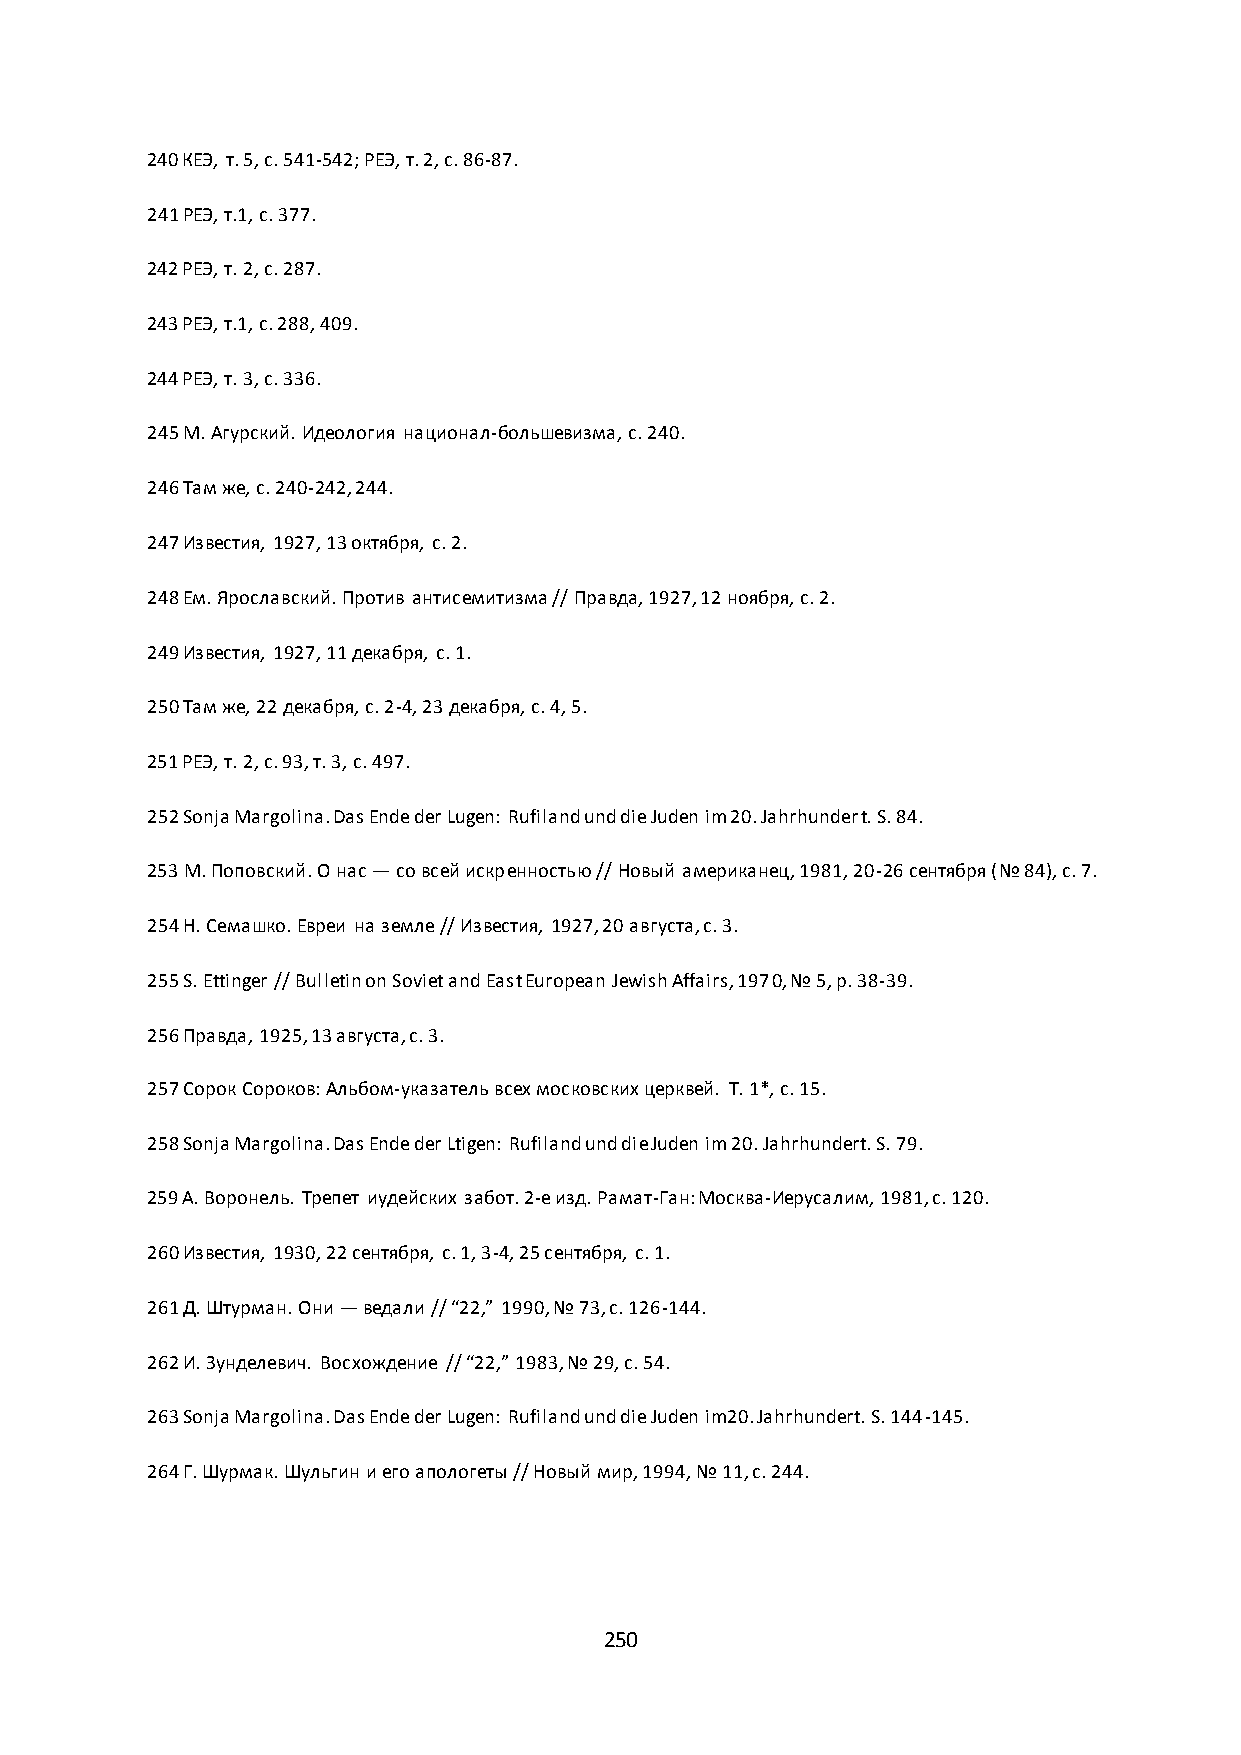
240 КЕЭ, т. 5, с. 541-542; РЕЭ, т. 2, с. 86-87.
 241 РЕЭ, т.1, с. 377.
 242 РЕЭ, т. 2, с. 287.
 243 РЕЭ, т.1, с. 288, 409.
 244 РЕЭ, т. 3, с. 336.
 245 М. Агурский. Идеология национал-большевизма, с. 240.
 246 Там же, с. 240-242, 244.
 247 Известия, 1927, 13 октября, с. 2.
 248 Ем. Ярославский. Против антисемитизма // Правда, 1927, 12 ноября, с. 2.
 249 Известия, 1927, 11 декабря, с. 1.
 250 Там же, 22 декабря, с. 2-4, 23 декабря, с. 4, 5.
 251 РЕЭ, т. 2, с. 93, т. 3, с. 497.
 252 Sonja Margolina. Das Ende der Lugen: Rufiland und die Juden im 20. Jahrhundert. S. 84.
 253 M. Поповский. О нас — со всей искренностью // Новый американец, 1981, 20-26 сентября (№ 84), с. 7.
 254 Н. Семашко. Евреи на земле // Известия, 1927, 20 августа, с. 3.
 255 S. Ettinger // Bulletin on Soviet and East European Jewish Affairs, 1970, № 5, p. 38-39.
 256 Правда, 1925, 13 августа, с. 3.
 257 Сорок Сороков: Альбом-указатель всех московских церквей. Т. 1*, с. 15.
 258 Sonja Margolina. Das Ende der Ltigen: Rufiland und die Juden im 20. Jahrhundert. S. 79.
 259 А. Воронель. Трепет иудейских забот. 2-е изд. Рамат-Ган: Москва-Иерусалим, 1981, с. 120.
 260 Известия, 1930, 22 сентября, с. 1, 3-4, 25 сентября, с. 1.
 261 Д. Штурман. Они — ведали // “22,” 1990, № 73, с. 126-144.
 262 И. Зунделевич. Восхождение // “22,” 1983, № 29, с. 54.
 263 Sonja Margolina. Das Ende der Lugen: Rufiland und die Juden im20. Jahrhundert. S. 144-145.
 264 Г. Шурмак. Шульгин и его апологеты // Новый мир, 1994, № 11, с. 244.
 250